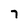
Character: 7